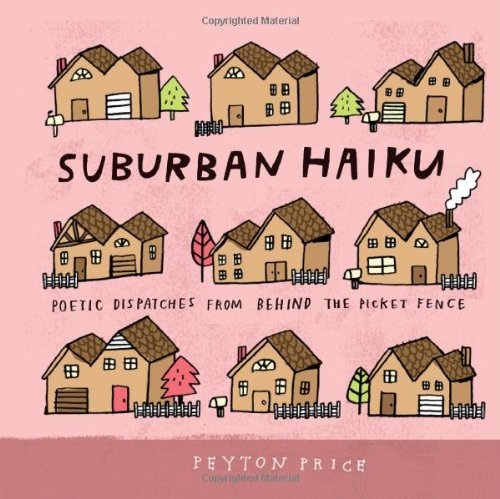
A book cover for Suburban Haiku: Poetic Dispatches from Behind the Picket Fence; Peyton Price; Humor & Entertainment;